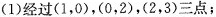
(1)经过(1，0)，(0，2)，(2，3)三点；